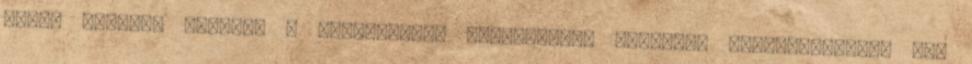
siker reménye nélkül. A szocialista politikusok többsége tulajdonképpen már